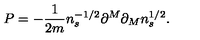
P = - \frac { 1 } { 2 m } n _ { s } ^ { - 1 / 2 } \partial ^ { M } \partial _ { M } n _ { s } ^ { 1 / 2 } .